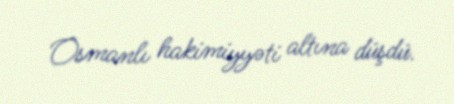
Osmanlı hakimiyyəti altına düşdü.